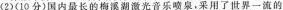
(2)(10分)国内最长的梅溪湖激光音乐喷泉，采用了世界一流的